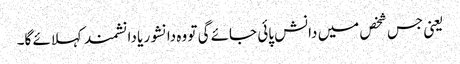
یعنی جس شخص میں دانش پائی جائے گی تو وہ دانشور یا دانشمندکہلائے گا۔